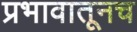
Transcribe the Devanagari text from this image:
प्रभावातूनच